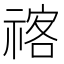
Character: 𥚰